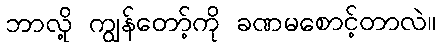
ဘာလို့ ကျွန်တော့်ကို ခဏမစောင့်တာလဲ။